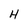
Character: H